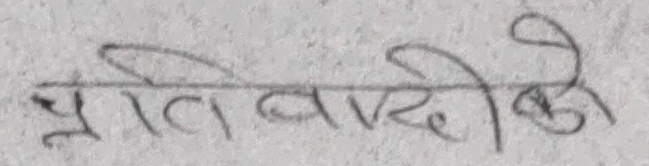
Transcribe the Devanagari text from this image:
प्रतिवादीको